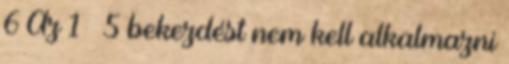
6 Az 1 – 5 bekezdést nem kell alkalmazni